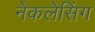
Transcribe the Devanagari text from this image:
नेकलेसिंग